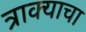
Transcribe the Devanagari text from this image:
त्राक्याचा